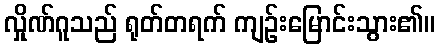
လှိုဏ်ဂူသည် ရုတ်တရက် ကျဉ်းမြောင်းသွား၏။